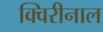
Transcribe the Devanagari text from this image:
क्विरीनाल